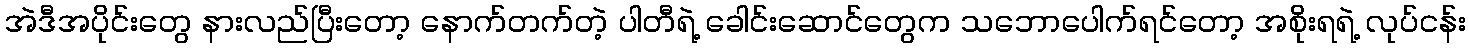
အဲဒီအပိုင်းတွေ နားလည်ပြီးတော့ နောက်တက်တဲ့ ပါတီရဲ့ ခေါင်းဆောင်တွေက သဘောပေါက်ရင်တော့ အစိုးရရဲ့ လုပ်ငန်း